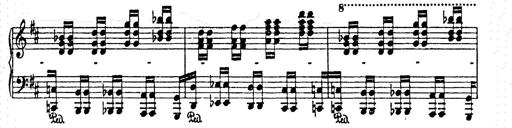
Title: AnnÃ©es de pÃ¨lerinage II
Composer: Franz Liszt